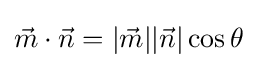
{\vec {m}}\cdot {\vec {n}}=|{\vec {m}}||{\vec {n}}|\cos \theta